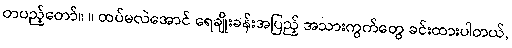
တပည့်တော်။ ။ ထပ်မလဲအောင် ရေချိုးခန်းအပြည့် အသားကွက်တွေ ခင်းထားပါတယ်,